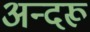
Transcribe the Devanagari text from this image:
अन्दरू